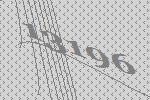
13196